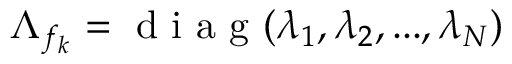
\Lambda _ { f _ { k } } = \mathrm { ~ d ~ i ~ a ~ g ~ } ( \lambda _ { 1 } , \lambda _ { 2 } , . . . , \lambda _ { N } )